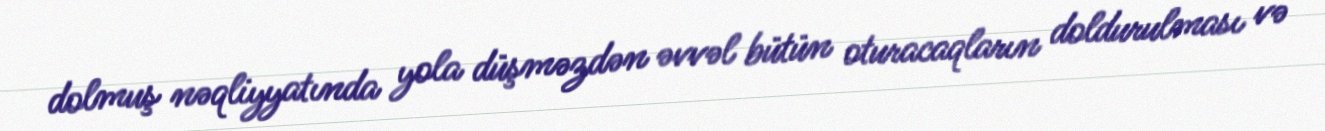
dolmuş nəqliyyatında yola düşməzdən əvvəl bütün oturacaqların doldurulması və